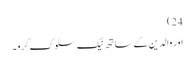
24)
اور والدین کے ساتھ نیک سلوک کرو۔